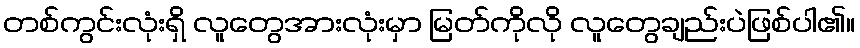
တစ်ကွင်းလုံးရှိ လူတွေအားလုံးမှာ မြတ်ကိုလို လူတွေချည်းပဲဖြစ်ပါ၏။